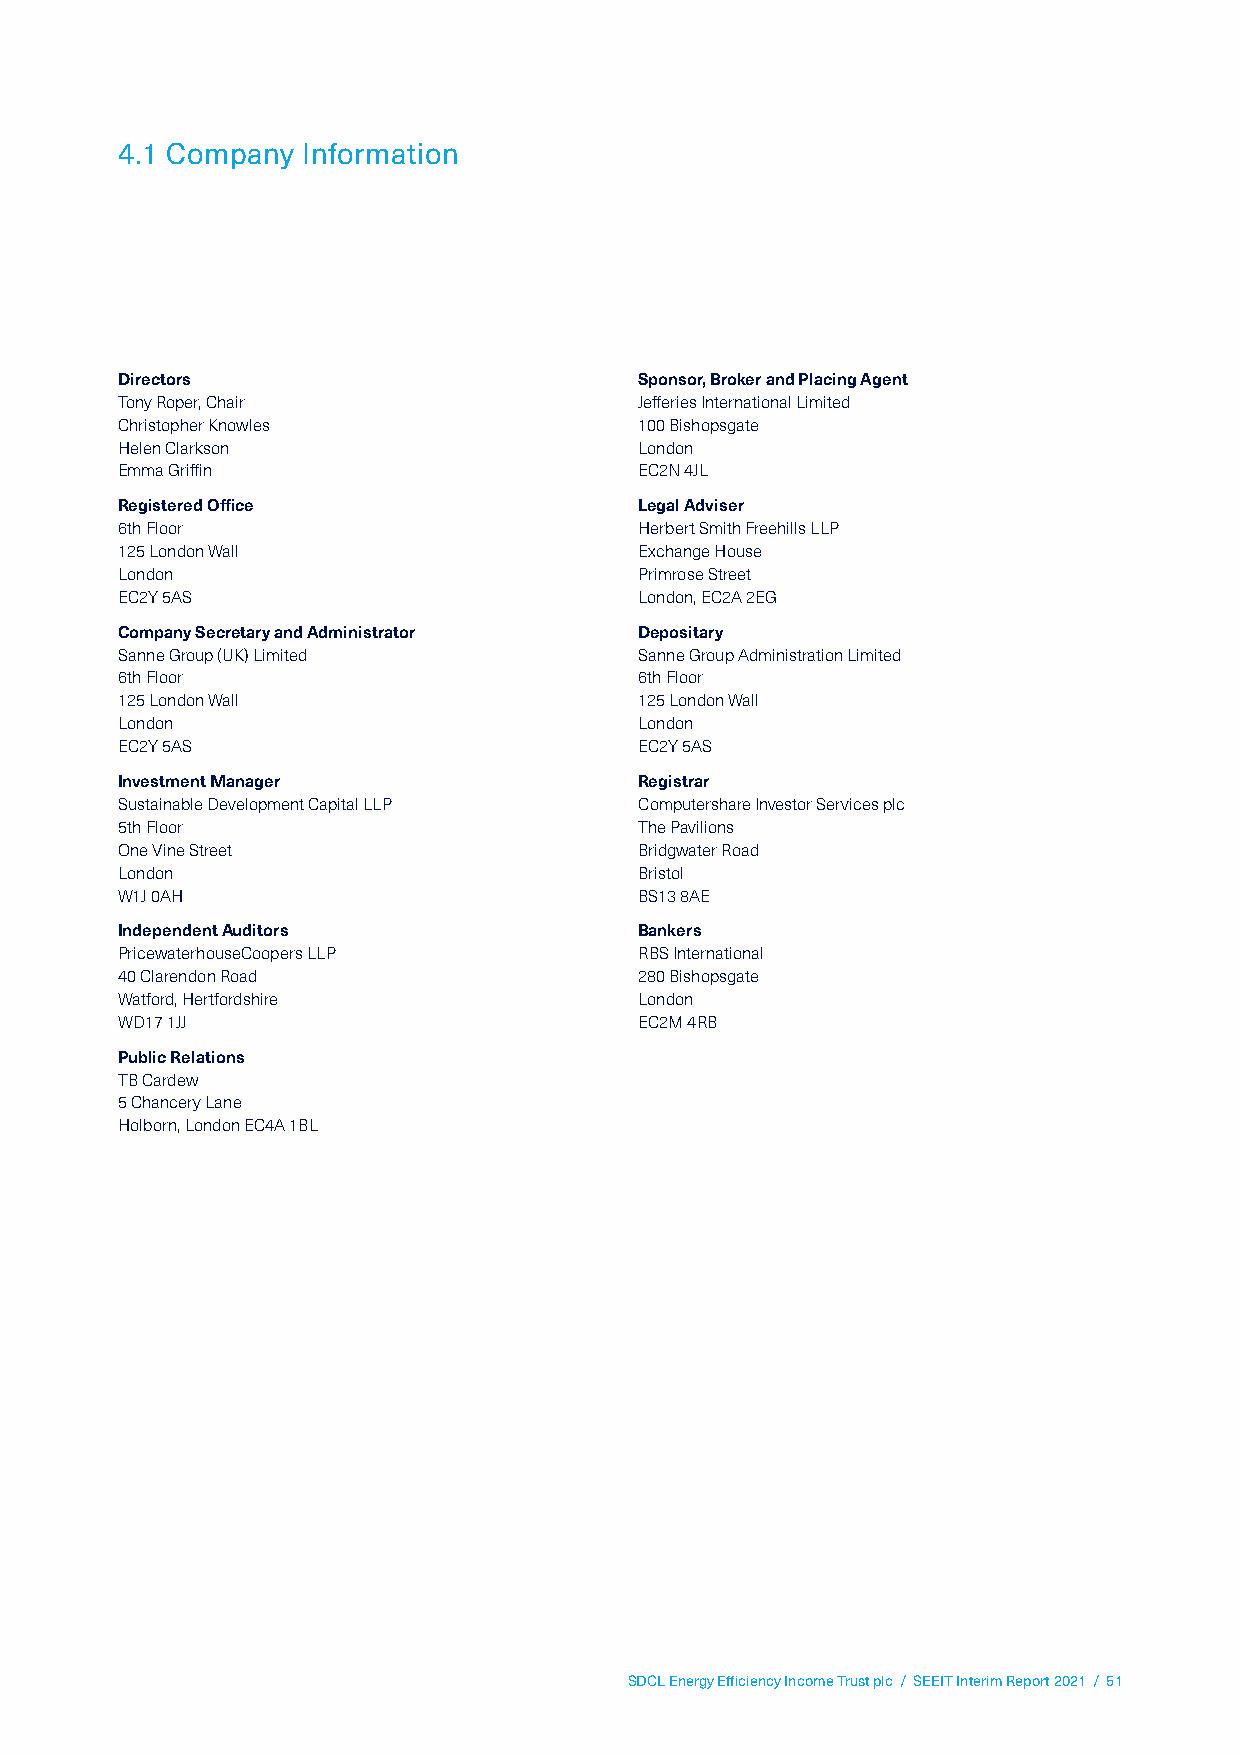
4.1 Company Information
 Directors                         Sponsor, Broker and Placing Agent
 Tony Roper, Chair                 Jefferies International Limited
 Christopher Knowles               100 Bishopsgate
 Helen Clarkson                    London
 Emma Griffin                      EC2N 4JL
 Registered Office                 Legal Adviser
 6th Floor                         Herbert Smith Freehills LLP
 125 London Wall                   Exchange House
 London                            Primrose Street
 EC2Y 5AS                          London, EC2A 2EG
 Company Secretary and Administrator Depositary
 Sanne Group (UK) Limited          Sanne Group Administration Limited
 6th Floor                         6th Floor
 125 London Wall                   125 London Wall
 London                            London
 EC2Y 5AS                          EC2Y 5AS
 Investment Manager                Registrar
 Sustainable Development Capital LLP Computershare Investor Services plc
 5th Floor                         The Pavilions
 One Vine Street                   Bridgwater Road
 London                            Bristol
 W1J 0AH                           BS13 8AE
 Independent Auditors              Bankers
 PricewaterhouseCoopers LLP        RBS International
 40 Clarendon Road                 280 Bishopsgate
 Watford, Hertfordshire            London
 WD17 1JJ                          EC2M 4RB
 Public Relations
 TB Cardew
 5 Chancery Lane
 Holborn, London EC4A 1BL
 SDCL Energy Efficiency Income Trust plc / SEEIT Interim Report 2021 / 51